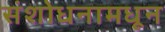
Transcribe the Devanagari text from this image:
संशोधनामधून